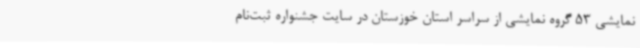
نمایشی 53 گروه نمایشی از سراسر استان خوزستان در سایت جشنواره ثبت‌نام